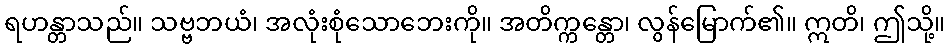
ရဟန္တာသည်။ သဗ္ဗဘယံ၊ အလုံးစုံသောဘေးကို။ အတိက္ကန္တော၊ လွန်မြောက်၏။ ဣတိ၊ ဤသို့။